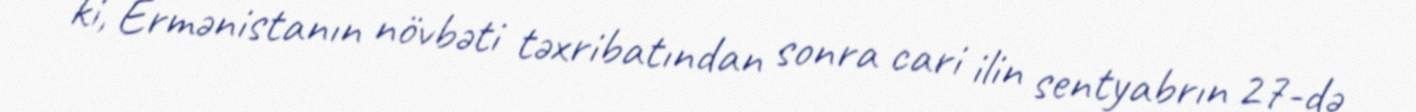
ki, Ermənistanın növbəti təxribatından sonra cari ilin sentyabrın 27-də